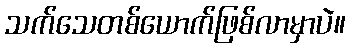
သက်သေတစ်ယောက်ဖြစ်လာမှာပဲ။